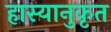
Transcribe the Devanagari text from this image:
हास्यानुकृत